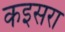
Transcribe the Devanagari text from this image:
कइसरा